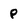
Character: p